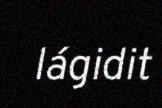
lágidit